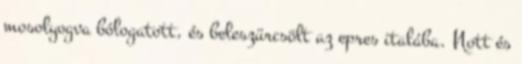
mosolyogva bólogatott, és beleszürcsölt az epres italába. Nott és